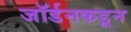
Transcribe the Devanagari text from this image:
जॉर्डनकडून